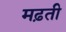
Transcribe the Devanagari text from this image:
मढ़ती